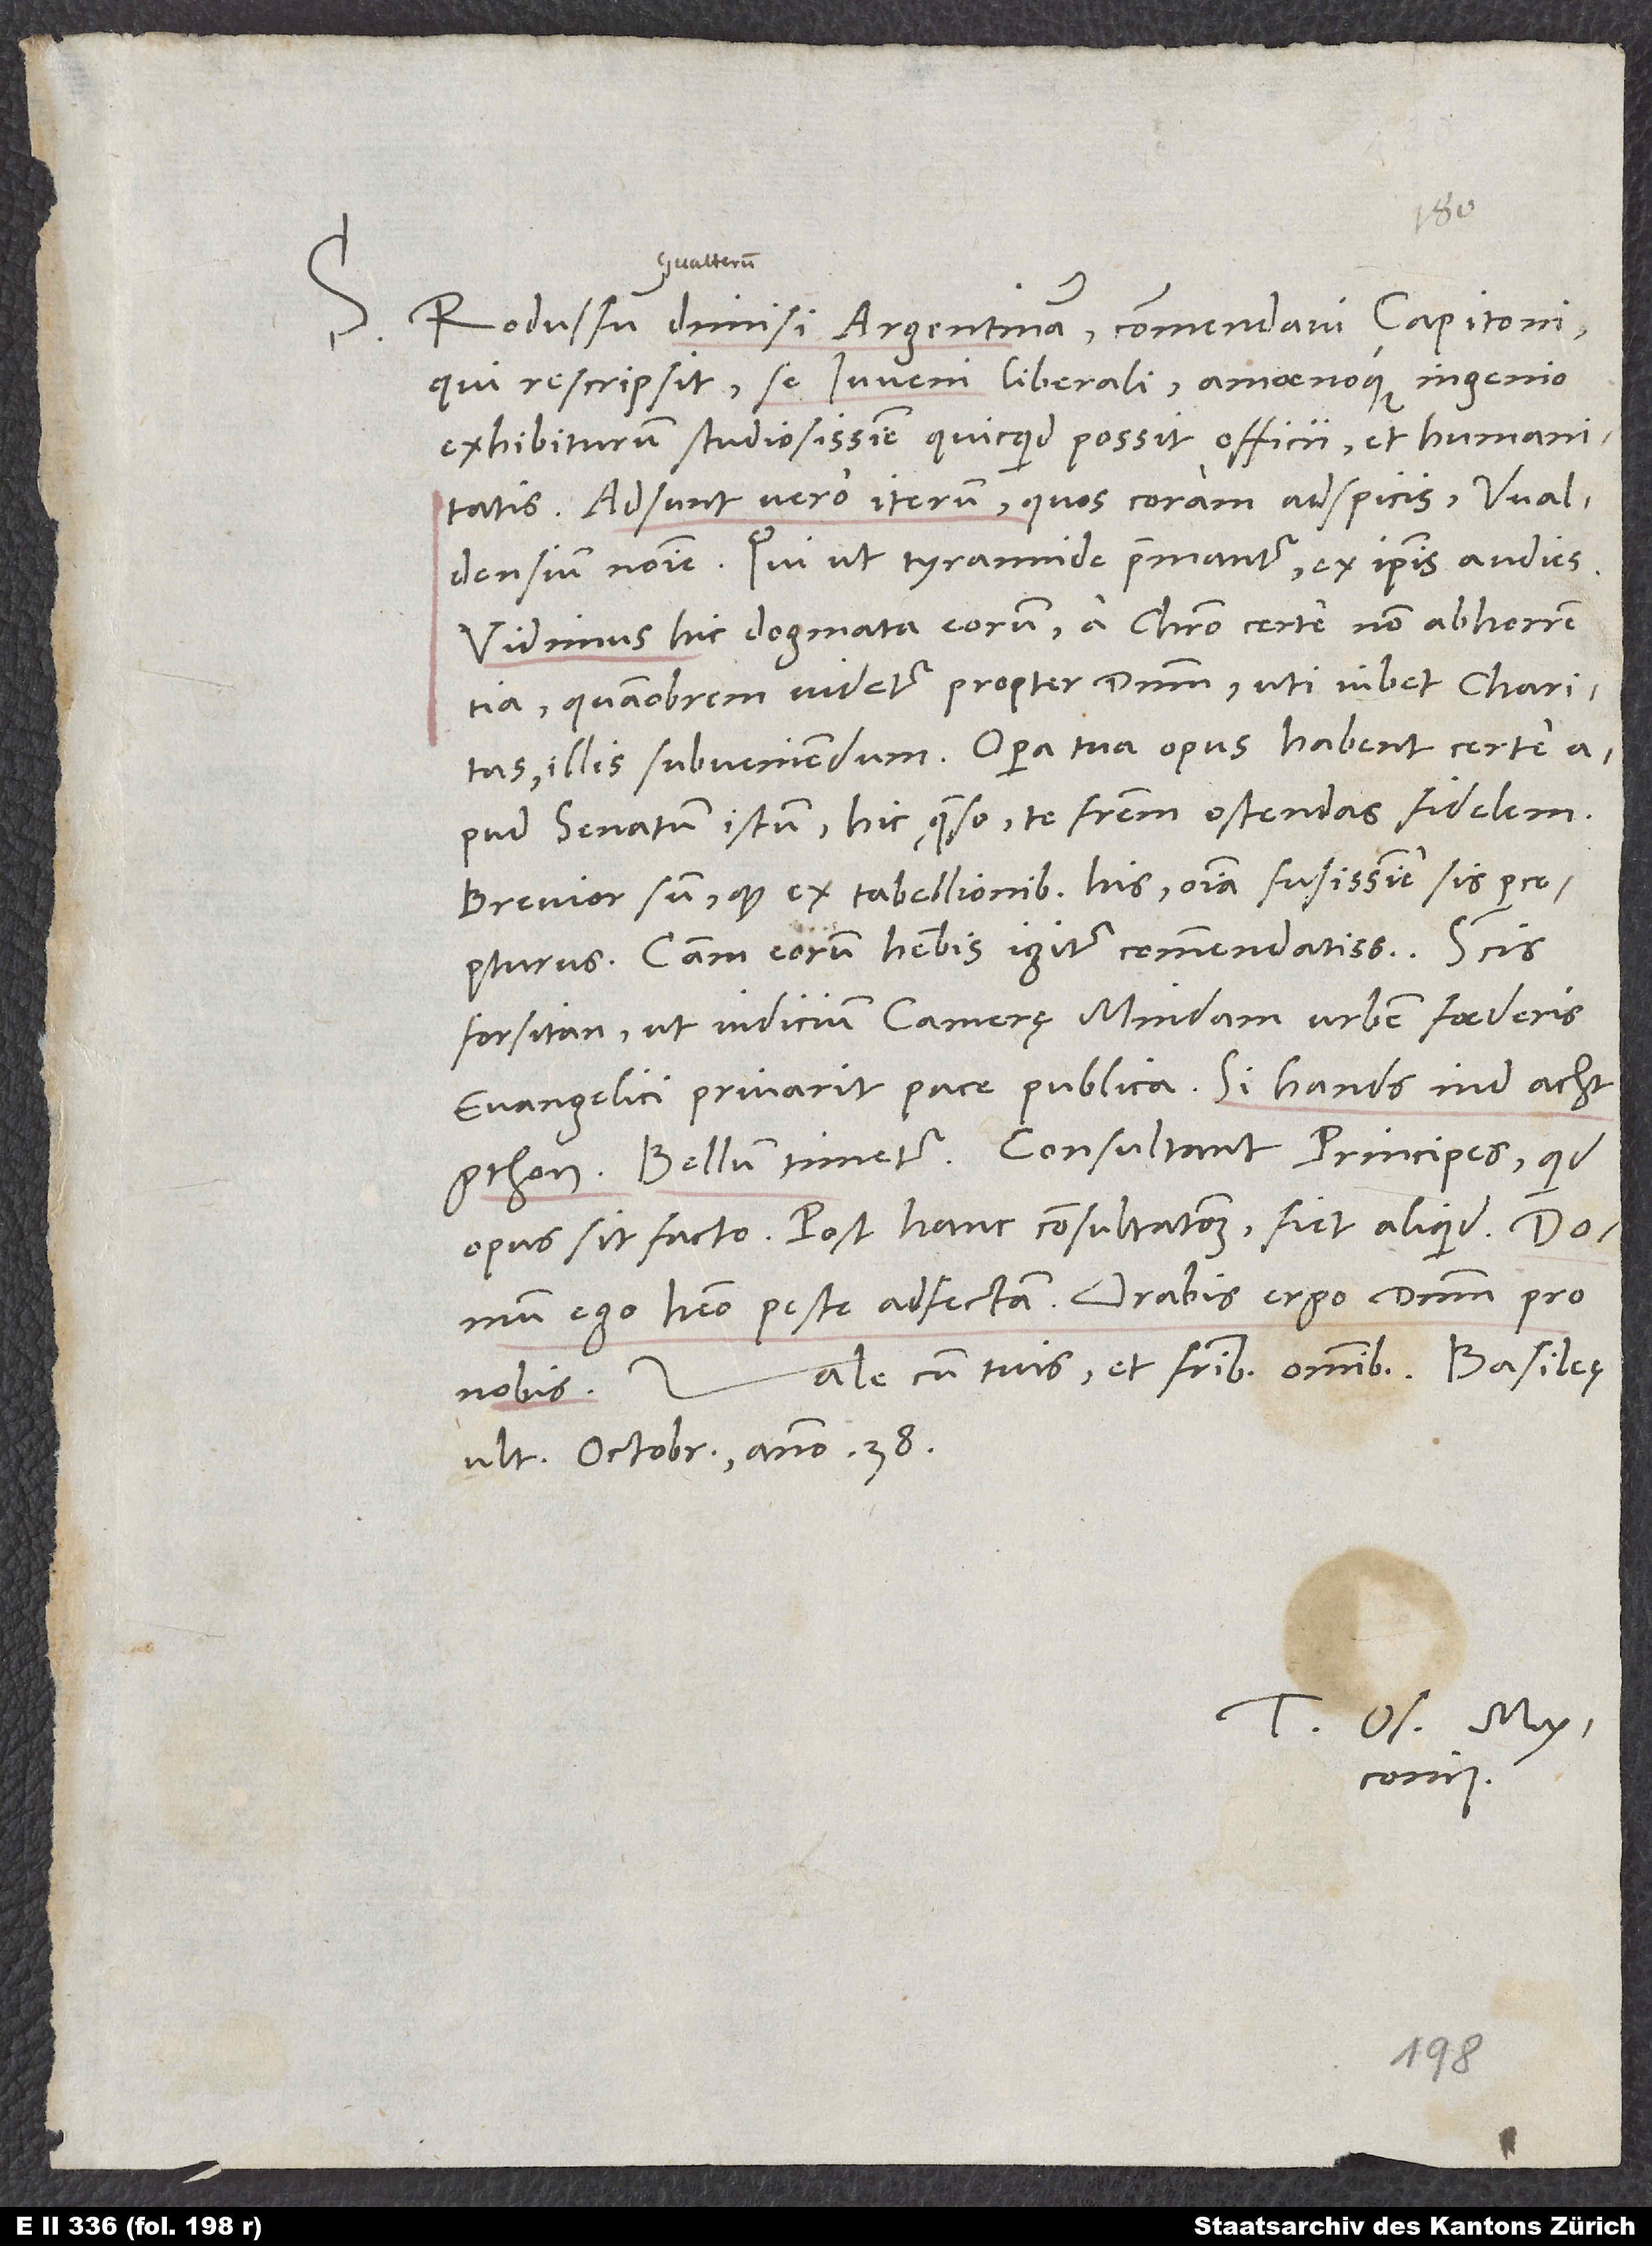
Rodulfum dimisi Argentinam; commendavi Capitoni,
qui rescripsit se iuveni liberali amoenoque ingenio
exhibiturum studiosissime, quicquid possit officii et humanitatis.
Adsunt vero iterum, quos coram adspicis, Waldensium
nomine; qui ut tyrannide premantur, ex ipsis audies.
Vidimus hic dogmata eorum a Christo certe non abhorrentia,
quamobrem videtur propter dominum, uti iubet charitas,
illis subveniendum. Opera tua opus habent certe
apud senatum istum; hic, quęso, te fratrem ostendas fidelem.
Brevior sum, quod ex tabellionibus his omnia fusissime sis percepturus.
Causam eorum habebis igitur commendatissimam. Scis
forsitan, ut iudicium camerę Mindam, urbem foederis
evangelici, privarit pace publica; si hands ind acht
gthon. Bellum timetur. Consultant principes, quid
opus sit facto; post hanc consultationem fiet aliquid. Domum
ego habeo peste adfectam. Orabis ergo dominum pro
Vale cum tuis et fratribus omnibus.
nobis.
ultima octobris anno 38.